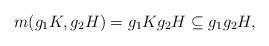
LaTeX: \begin{align*}m(g_1K, g_2 H)=g_1 K g_2 H \subseteq g_1g_2H,\end{align*}